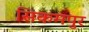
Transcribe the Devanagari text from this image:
सिकमपुर